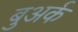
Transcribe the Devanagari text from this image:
बुअर्क